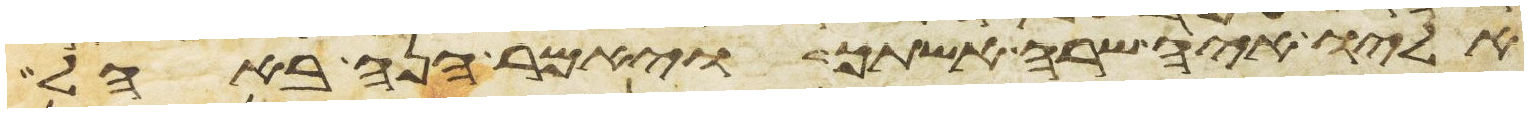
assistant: אליו איה שרה אשתך ויאמר הנה באהל